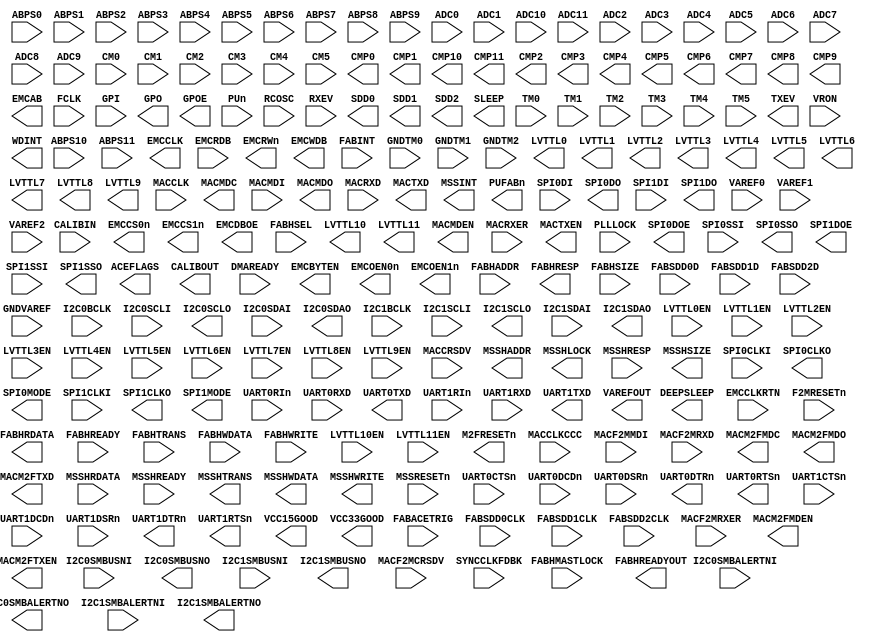
module MSS_AHB
    (
    ABPS0,
    ABPS1,
    ABPS10,
    ABPS11,
    ABPS2,
    ABPS3,
    ABPS4,
    ABPS5,
    ABPS6,
    ABPS7,
    ABPS8,
    ABPS9,
    ACEFLAGS,
    ADC0,
    ADC1,
    ADC10,
    ADC11,
    ADC2,
    ADC3,
    ADC4,
    ADC5,
    ADC6,
    ADC7,
    ADC8,
    ADC9,
    CALIBIN,
    CALIBOUT,
    CM0,
    CM1,
    CM2,
    CM3,
    CM4,
    CM5,
    CMP0,
    CMP1,
    CMP10,
    CMP11,
    CMP2,
    CMP3,
    CMP4,
    CMP5,
    CMP6,
    CMP7,
    CMP8,
    CMP9,
    DEEPSLEEP,
    DMAREADY,
    EMCAB,
    EMCBYTEN,
    EMCCLK,
    EMCCLKRTN,
    EMCCS0n,
    EMCCS1n,
    EMCDBOE,
    EMCOEN0n,
    EMCOEN1n,
    EMCRDB,
    EMCRWn,
    EMCWDB,
    F2MRESETn,
    FABACETRIG,
    FABHADDR,
    FABHMASTLOCK,
    FABHRDATA,
    FABHREADY,
    FABHREADYOUT,
    FABHRESP,
    FABHSEL,
    FABHSIZE,
    FABHTRANS,
    FABHWDATA,
    FABHWRITE,
    FABINT,
    FABSDD0CLK,
    FABSDD0D,
    FABSDD1CLK,
    FABSDD1D,
    FABSDD2CLK,
    FABSDD2D,
    FCLK,
    GNDTM0,
    GNDTM1,
    GNDTM2,
    GNDVAREF,
    GPI,
    GPO,
    GPOE,
    I2C0BCLK,
    I2C0SCLI,
    I2C0SCLO,
    I2C0SDAI,
    I2C0SDAO,
    I2C0SMBALERTNI,
    I2C0SMBALERTNO,
    I2C0SMBUSNI,
    I2C0SMBUSNO,
    I2C1BCLK,
    I2C1SCLI,
    I2C1SCLO,
    I2C1SDAI,
    I2C1SDAO,
    I2C1SMBALERTNI,
    I2C1SMBALERTNO,
    I2C1SMBUSNI,
    I2C1SMBUSNO,
    LVTTL0,
    LVTTL0EN,
    LVTTL1,
    LVTTL10,
    LVTTL10EN,
    LVTTL11,
    LVTTL11EN,
    LVTTL1EN,
    LVTTL2,
    LVTTL2EN,
    LVTTL3,
    LVTTL3EN,
    LVTTL4,
    LVTTL4EN,
    LVTTL5,
    LVTTL5EN,
    LVTTL6,
    LVTTL6EN,
    LVTTL7,
    LVTTL7EN,
    LVTTL8,
    LVTTL8EN,
    LVTTL9,
    LVTTL9EN,
    M2FRESETn,
    MACCLK,
    MACCLKCCC,
    MACCRSDV,
    MACF2MCRSDV,
    MACF2MMDI,
    MACF2MRXD,
    MACF2MRXER,
    MACM2FMDC,
    MACM2FMDEN,
    MACM2FMDO,
    MACM2FTXD,
    MACM2FTXEN,
    MACMDC,
    MACMDEN,
    MACMDI,
    MACMDO,
    MACRXD,
    MACRXER,
    MACTXD,
    MACTXEN,
    MSSHADDR,
    MSSHLOCK,
    MSSHRDATA,
    MSSHREADY,
    MSSHRESP,
    MSSHSIZE,
    MSSHTRANS,
    MSSHWDATA,
    MSSHWRITE,
    MSSINT,
    MSSRESETn,
    PLLLOCK,
    PUFABn,
    PUn,
    RCOSC,
    RXEV,
    SDD0,
    SDD1,
    SDD2,
    SLEEP,
    SPI0CLKI,
    SPI0CLKO,
    SPI0DI,
    SPI0DO,
    SPI0DOE,
    SPI0MODE,
    SPI0SSI,
    SPI0SSO,
    SPI1CLKI,
    SPI1CLKO,
    SPI1DI,
    SPI1DO,
    SPI1DOE,
    SPI1MODE,
    SPI1SSI,
    SPI1SSO,
    SYNCCLKFDBK,
    TM0,
    TM1,
    TM2,
    TM3,
    TM4,
    TM5,
    TXEV,
    UART0CTSn,
    UART0DCDn,
    UART0DSRn,
    UART0DTRn,
    UART0RIn,
    UART0RTSn,
    UART0RXD,
    UART0TXD,
    UART1CTSn,
    UART1DCDn,
    UART1DSRn,
    UART1DTRn,
    UART1RIn,
    UART1RTSn,
    UART1RXD,
    UART1TXD,
    VAREF0,
    VAREF1,
    VAREF2,
    VAREFOUT,
    VCC15GOOD,
    VCC33GOOD,
    VRON,
    WDINT
    );

    /*
    synthesis syn_black_box
    syn_tco1="FCLK->ACEFLAGS[31:0]=5.641"
    syn_tco2="FCLK->DEEPSLEEP=3.492"
    syn_tsu1="DMAREADY[1:0]->FCLK=1.468"
    syn_tco3="FCLK->EMCAB[25:0]=2.672"
    syn_tco4="FCLK->EMCBYTEN[1:0]=4.324"
    syn_tco5="FCLK->EMCCS0n=4.522"
    syn_tco6="FCLK->EMCCS1n=4.554"
    syn_tco7="FCLK->EMCDBOE=2.672"
    syn_tco8="FCLK->EMCOEN0n=4.303"
    syn_tco9="FCLK->EMCOEN1n=4.314"
    syn_tsu2="EMCRDB[15:0]->EMCCLKRTN=0.003"
    syn_tco10="FCLK->EMCRWn=2.924"
    syn_tco11="FCLK->EMCWDB[15:0]=6.91"
    syn_tsu3="FABACETRIG->FCLK=0"
    syn_tsu4="FABHADDR[31:0]->FCLK=0"
    syn_tsu5="FABHMASTLOCK->FCLK=0"
    syn_tco12="FCLK->FABHRDATA[31:0]=3.748"
    syn_tsu6="FABHREADY->FCLK=0"
    syn_tco13="FCLK->FABHREADYOUT=2.98"
    syn_tco14="FCLK->FABHRESP=3.022"
    syn_tsu7="FABHSEL->FCLK=0"
    syn_tsu8="FABHSIZE[1:0]->FCLK=0"
    syn_tsu9="FABHTRANS[1:0]->FCLK=0"
    syn_tsu10="FABHWDATA[31:0]->FCLK=0"
    syn_tsu11="FABHWRITE->FCLK=0"
    syn_tsu12="FABINT->FCLK=0.321"
    syn_tsu13="GPI[31:0]->FCLK=0.516"
    syn_tco15="FCLK->GPO[31:0]=4.132"
    syn_tco16="FCLK->GPOE[31:0]=3.908"
    syn_tsu14="I2C0BCLK->FCLK=0"
    syn_tsu15="I2C0SCLI->FCLK=0"
    syn_tco17="FCLK->I2C0SCLO=3.465"
    syn_tsu16="I2C0SDAI->FCLK=0"
    syn_tco18="FCLK->I2C0SDAO=3.368"
    syn_tsu17="I2C0SMBALERTNI->FCLK=0"
    syn_tco19="FCLK->I2C0SMBALERTNO=2.855"
    syn_tsu18="I2C0SMBUSNI->FCLK=0"
    syn_tco20="FCLK->I2C0SMBUSNO=2.916"
    syn_tsu19="I2C1BCLK->FCLK=0"
    syn_tsu20="I2C1SCLI->FCLK=0"
    syn_tco21="FCLK->I2C1SCLO=3.762"
    syn_tsu21="I2C1SDAI->FCLK=0.045"
    syn_tco22="FCLK->I2C1SDAO=3.712"
    syn_tsu22="I2C1SMBALERTNI->FCLK=0"
    syn_tco23="FCLK->I2C1SMBALERTNO=2.5"
    syn_tsu23="I2C1SMBUSNI->FCLK=0"
    syn_tco24="FCLK->I2C1SMBUSNO=2.501"
    syn_tco25="FCLK->M2FRESETn=2.957"
    syn_tsu24="MACCRSDV->MACCLK=0"
    syn_tsu25="MACCRSDV->MACCLKCCC=0"
    syn_tsu26="MACF2MCRSDV->MACCLK=0"
    syn_tsu27="MACF2MCRSDV->MACCLKCCC=0"
    syn_tsu28="MACF2MMDI->FCLK=0"
    syn_tsu29="MACF2MRXD[1:0]->MACCLK=0"
    syn_tsu30="MACF2MRXD[1:0]->MACCLKCCC=0"
    syn_tsu31="MACF2MRXER->MACCLK=0"
    syn_tsu32="MACF2MRXER->MACCLKCCC=0"
    syn_tco26="FCLK->MACM2FMDC=3.861"
    syn_tco27="FCLK->MACM2FMDEN=4.061"
    syn_tco28="FCLK->MACM2FMDO=4.261"
    syn_tco29="FCLK->MACM2FTXD[1:0]=3.912"
    syn_tco30="MACCLK->MACM2FTXD[1:0]=2.855"
    syn_tco31="FCLK->MACM2FTXEN=4.167"
    syn_tco32="MACCLK->MACM2FTXEN=2.843"
    syn_tco33="FCLK->MACMDC=3.198"
    syn_tco34="FCLK->MACMDEN=3.664"
    syn_tsu33="MACMDI->FCLK=0"
    syn_tco35="FCLK->MACMDO=3.524"
    syn_tsu34="MACRXD[1:0]->MACCLK=0"
    syn_tsu35="MACRXD[1:0]->MACCLKCCC=0"
    syn_tsu36="MACRXER->MACCLK=0"
    syn_tsu37="MACRXER->MACCLKCCC=0"
    syn_tco36="FCLK->MACTXD[1:0]=3.24"
    syn_tco37="MACCLK->MACTXD[1:0]=2.596"
    syn_tco38="FCLK->MACTXEN=3.601"
    syn_tco39="MACCLK->MACTXEN=2.745"
    syn_tco40="FCLK->MSSHADDR[19:0]=2.679"
    syn_tco41="FCLK->MSSHLOCK=2.555"
    syn_tsu38="MSSHRDATA[31:0]->FCLK=0"
    syn_tsu39="MSSHREADY->FCLK=0"
    syn_tsu40="MSSHRESP->FCLK=0"
    syn_tco42="FCLK->MSSHSIZE[1:0]=2.546"
    syn_tco43="FCLK->MSSHTRANS[1:0]=2.523"
    syn_tco44="FCLK->MSSHWDATA[31:0]=2.71"
    syn_tco45="FCLK->MSSHWRITE=2.555"
    syn_tco46="FCLK->MSSINT[7:0]=5.637"
    syn_tsu41="MSSRESETn->FCLK=0"
    syn_tsu42="PUn->FCLK=0"
    syn_tsu43="RXEV->FCLK=0"
    syn_tco47="FCLK->SLEEP=3.304"
    syn_tsu44="SPI0CLKI->FCLK=0"
    syn_tco48="FCLK->SPI0CLKO=3.407"
    syn_tsu45="SPI0DI->FCLK=0"
    syn_tco49="FCLK->SPI0DO=4.35"
    syn_tco50="FCLK->SPI0DOE=4.947"
    syn_tco51="FCLK->SPI0MODE=3.423"
    syn_tsu46="SPI0SSI->FCLK=0.858"
    syn_tco52="FCLK->SPI0SSO[7:0]=4.117"
    syn_tsu47="SPI1CLKI->FCLK=0"
    syn_tco53="FCLK->SPI1CLKO=3.548"
    syn_tsu48="SPI1DI->FCLK=0"
    syn_tco54="FCLK->SPI1DO=4.643"
    syn_tco55="FCLK->SPI1DOE=4.318"
    syn_tco56="FCLK->SPI1MODE=4.136"
    syn_tsu49="SPI1SSI->FCLK=0.271"
    syn_tco57="FCLK->SPI1SSO[7:0]=4.904"
    syn_tco58="FCLK->TXEV=4.597"
    syn_tsu50="UART0CTSn->FCLK=0"
    syn_tsu51="UART0DCDn->FCLK=0"
    syn_tsu52="UART0DSRn->FCLK=0"
    syn_tco59="FCLK->UART0DTRn=3.299"
    syn_tsu53="UART0RIn->FCLK=0"
    syn_tco60="FCLK->UART0RTSn=3.349"
    syn_tsu54="UART0RXD->FCLK=0.076"
    syn_tco61="FCLK->UART0TXD=3.571"
    syn_tsu55="UART1CTSn->FCLK=0"
    syn_tsu56="UART1DCDn->FCLK=0"
    syn_tsu57="UART1DSRn->FCLK=0"
    syn_tco62="FCLK->UART1DTRn=3.407"
    syn_tsu58="UART1RIn->FCLK=0"
    syn_tco63="FCLK->UART1RTSn=3.714"
    syn_tsu59="UART1RXD->FCLK=0"
    syn_tco64="FCLK->UART1TXD=3.585"
    syn_tco65="FCLK->WDINT=2.749"
    */

    input ABPS0;
    input ABPS1;
    input ABPS10;
    input ABPS11;
    input ABPS2;
    input ABPS3;
    input ABPS4;
    input ABPS5;
    input ABPS6;
    input ABPS7;
    input ABPS8;
    input ABPS9;
    output [31:0]ACEFLAGS;
    input ADC0;
    input ADC1;
    input ADC10;
    input ADC11;
    input ADC2;
    input ADC3;
    input ADC4;
    input ADC5;
    input ADC6;
    input ADC7;
    input ADC8;
    input ADC9;
    input CALIBIN;
    output CALIBOUT;
    input CM0;
    input CM1;
    input CM2;
    input CM3;
    input CM4;
    input CM5;
    output CMP0;
    output CMP1;
    output CMP10;
    output CMP11;
    output CMP2;
    output CMP3;
    output CMP4;
    output CMP5;
    output CMP6;
    output CMP7;
    output CMP8;
    output CMP9;
    output DEEPSLEEP;
    input [1:0]DMAREADY;
    output [25:0]EMCAB;
    output [1:0]EMCBYTEN;
    output EMCCLK;
    input EMCCLKRTN;
    output EMCCS0n;
    output EMCCS1n;
    output EMCDBOE;
    output EMCOEN0n;
    output EMCOEN1n;
    input [15:0]EMCRDB;
    output EMCRWn;
    output [15:0]EMCWDB;
    input F2MRESETn;
    input FABACETRIG;
    input [31:0]FABHADDR;
    input FABHMASTLOCK;
    output [31:0]FABHRDATA;
    input FABHREADY;
    output FABHREADYOUT;
    output FABHRESP;
    input FABHSEL;
    input [1:0]FABHSIZE;
    input [1:0]FABHTRANS;
    input [31:0]FABHWDATA;
    input FABHWRITE;
    input FABINT;
    input FABSDD0CLK;
    input FABSDD0D;
    input FABSDD1CLK;
    input FABSDD1D;
    input FABSDD2CLK;
    input FABSDD2D;
    input FCLK;
    input GNDTM0;
    input GNDTM1;
    input GNDTM2;
    input GNDVAREF;
    input [31:0]GPI;
    output [31:0]GPO;
    output [31:0]GPOE;
    input I2C0BCLK;
    input I2C0SCLI;
    output I2C0SCLO;
    input I2C0SDAI;
    output I2C0SDAO;
    input I2C0SMBALERTNI;
    output I2C0SMBALERTNO;
    input I2C0SMBUSNI;
    output I2C0SMBUSNO;
    input I2C1BCLK;
    input I2C1SCLI;
    output I2C1SCLO;
    input I2C1SDAI;
    output I2C1SDAO;
    input I2C1SMBALERTNI;
    output I2C1SMBALERTNO;
    input I2C1SMBUSNI;
    output I2C1SMBUSNO;
    output LVTTL0;
    input LVTTL0EN;
    output LVTTL1;
    output LVTTL10;
    input LVTTL10EN;
    output LVTTL11;
    input LVTTL11EN;
    input LVTTL1EN;
    output LVTTL2;
    input LVTTL2EN;
    output LVTTL3;
    input LVTTL3EN;
    output LVTTL4;
    input LVTTL4EN;
    output LVTTL5;
    input LVTTL5EN;
    output LVTTL6;
    input LVTTL6EN;
    output LVTTL7;
    input LVTTL7EN;
    output LVTTL8;
    input LVTTL8EN;
    output LVTTL9;
    input LVTTL9EN;
    output M2FRESETn;
    input MACCLK;
    input MACCLKCCC;
    input MACCRSDV;
    input MACF2MCRSDV;
    input MACF2MMDI;
    input [1:0]MACF2MRXD;
    input MACF2MRXER;
    output MACM2FMDC;
    output MACM2FMDEN;
    output MACM2FMDO;
    output [1:0]MACM2FTXD;
    output MACM2FTXEN;
    output MACMDC;
    output MACMDEN;
    input MACMDI;
    output MACMDO;
    input [1:0]MACRXD;
    input MACRXER;
    output [1:0]MACTXD;
    output MACTXEN;
    output [19:0]MSSHADDR;
    output MSSHLOCK;
    input [31:0]MSSHRDATA;
    input MSSHREADY;
    input MSSHRESP;
    output [1:0]MSSHSIZE;
    output [1:0]MSSHTRANS;
    output [31:0]MSSHWDATA;
    output MSSHWRITE;
    output [7:0]MSSINT;
    input MSSRESETn;
    input PLLLOCK;
    output PUFABn;
    input PUn;
    input RCOSC;
    input RXEV;
    output SDD0;
    output SDD1;
    output SDD2;
    output SLEEP;
    input SPI0CLKI;
    output SPI0CLKO;
    input SPI0DI;
    output SPI0DO;
    output SPI0DOE;
    output SPI0MODE;
    input SPI0SSI;
    output [7:0]SPI0SSO;
    input SPI1CLKI;
    output SPI1CLKO;
    input SPI1DI;
    output SPI1DO;
    output SPI1DOE;
    output SPI1MODE;
    input SPI1SSI;
    output [7:0]SPI1SSO;
    input SYNCCLKFDBK;
    input TM0;
    input TM1;
    input TM2;
    input TM3;
    input TM4;
    input TM5;
    output TXEV;
    input UART0CTSn;
    input UART0DCDn;
    input UART0DSRn;
    output UART0DTRn;
    input UART0RIn;
    output UART0RTSn;
    input UART0RXD;
    output UART0TXD;
    input UART1CTSn;
    input UART1DCDn;
    input UART1DSRn;
    output UART1DTRn;
    input UART1RIn;
    output UART1RTSn;
    input UART1RXD;
    output UART1TXD;
    input VAREF0;
    input VAREF1;
    input VAREF2;
    output VAREFOUT;
    output VCC15GOOD;
    output VCC33GOOD;
    input VRON;
    output WDINT;

    parameter ACT_CONFIG = 1'b0;
    parameter ACT_FCLK   = 0;
    parameter ACT_DIE    = "";
    parameter ACT_PKG    = "";

endmodule